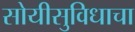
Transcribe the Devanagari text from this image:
सोयीसुविधाचा